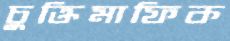
চুক্তিমাফিক